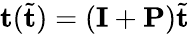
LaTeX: \mathbf{t}(\tilde{\mathbf{t}})=(\mathbf{I}+\mathbf{P})\tilde{\mathbf{t}}